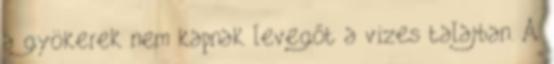
a gyökerek nem kapnak levegőt a vizes talajban. A